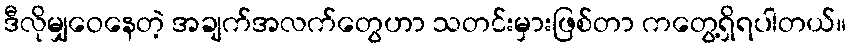
ဒီလိုမျှဝေနေတဲ့ အချက်အလက်တွေဟာ သတင်းမှားဖြစ်တာ ကတွေ့ရှိရပါတယ်။